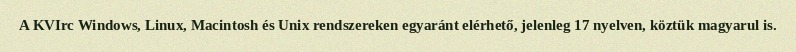
A KVIrc Windows, Linux, Macintosh és Unix rendszereken egyaránt elérhető, jelenleg 17 nyelven, köztük magyarul is.